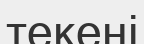
текені